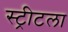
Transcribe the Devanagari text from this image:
स्ट्रीटला